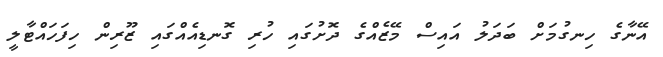
އޭނާގެ ހިނގުމަށް ބަދަލު އައިސް މޭޒެއްގެ ދޮށުގައި ހުރި ގޮނޑިއެއްގައި ޒޫރިން ހިފަހައްޓާލީ